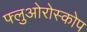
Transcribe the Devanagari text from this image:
फ्लुओरोस्कोप